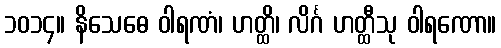
၁၀၁၄။ နိသေဓေ ဝါရဏံ၊ ဟတ္ထိ၊ လိင်္ဂ ဟတ္ထီသု ဝါရဏော။